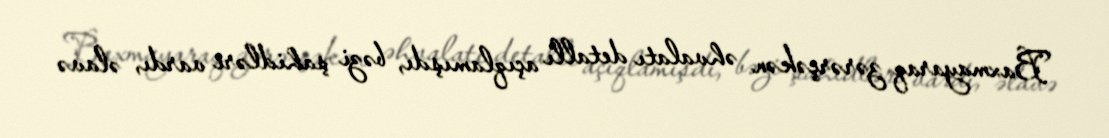
Baxmayaraq zərərçəkən əhvalatı detallı açıqlamışdı, bəzi şahidləri vardı, əlavə